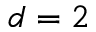
d = 2